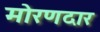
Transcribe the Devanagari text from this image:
मोरणदार